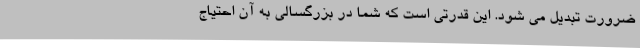
ضرورت تبدیل می شود. این قدرتی است که شما در بزرگسالی به آن احتیاج